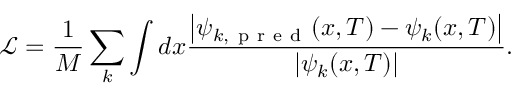
\mathcal { L } = \frac { 1 } { M } \sum _ { k } \int d x \frac { \left| \psi _ { k , \mathrm { ~ p ~ r ~ e ~ d ~ } } ( x , T ) - \psi _ { k } ( x , T ) \right| } { \left| \psi _ { k } ( x , T ) \right| } .